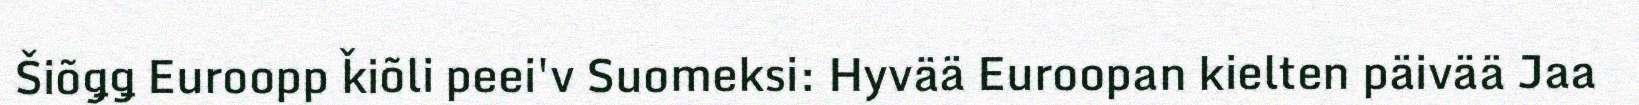
Šiõǥǥ Euroopp ǩiõli peei'v Suomeksi: Hyvää Euroopan kielten päivää Jaa